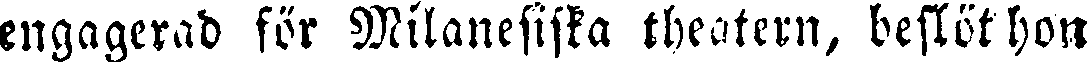
engagerad för Milanesiska theatern, beslöt hon